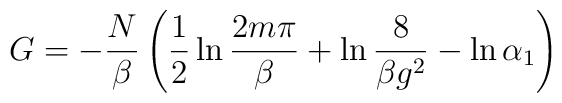
G=-\frac{N}{\beta } \left( \frac{1}{2} \ln \frac{2m\pi }{\beta }+\ln \frac{8}{\beta g^2 } -\ln \alpha_{1} \right)